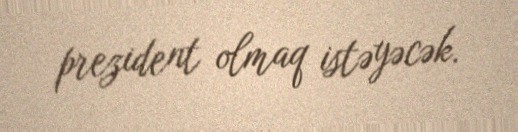
prezident olmaq istəyəcək.